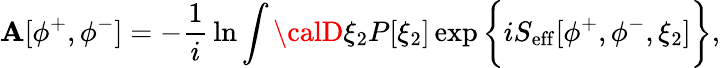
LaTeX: \mathbf{A}[\phi^{+},\phi^{-}]=-{\frac{{1}}{{i}}}\ln\int{\calD}\xi_{2}P[\xi_{2}]\exp\bigg\{ iS_{\mathrm{{eff}}}[\phi^{+},\phi^{-},\xi_{2}]\bigg\} ,